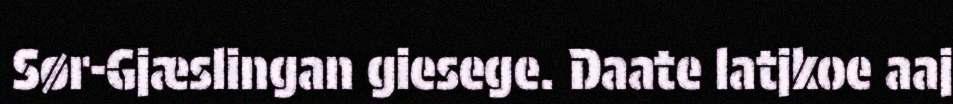
Sør-Gjæslingan giesege. Daate latjkoe aaj